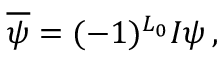
\overline { { \psi } } = ( - 1 ) ^ { L _ { 0 } } I \psi \, ,